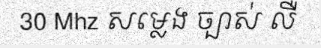
30 Mhz សម្លេង ច្បាស់ លឺ